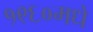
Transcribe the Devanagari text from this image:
१९६०मधे